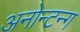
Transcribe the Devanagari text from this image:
अनोन्टन्ग